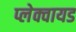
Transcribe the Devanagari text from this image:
प्लेक्वायड